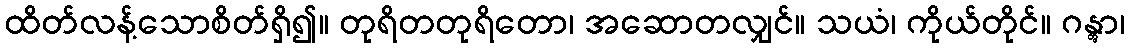
ထိတ်လန့်သောစိတ်ရှိ၍။ တုရိတတုရိတော၊ အဆောတလျှင်။ သယံ၊ ကိုယ်တိုင်။ ဂန္တွာ၊